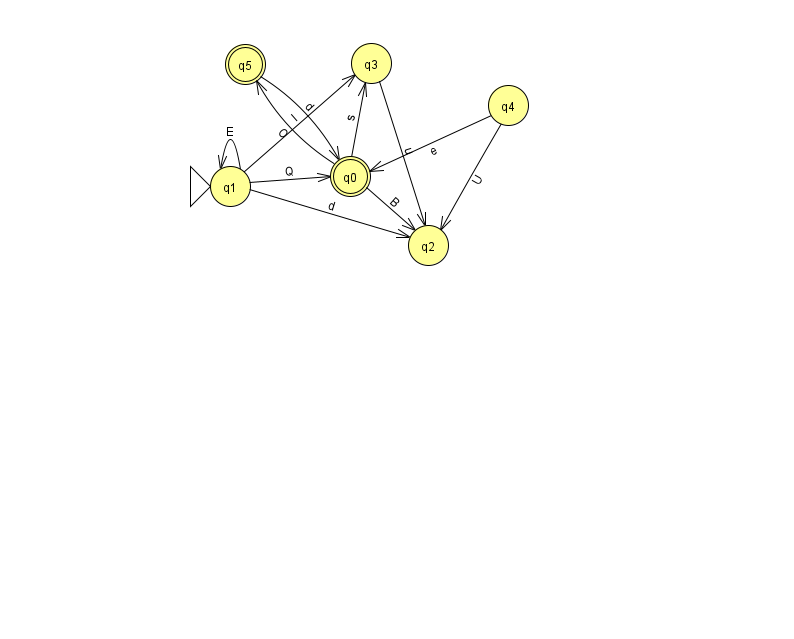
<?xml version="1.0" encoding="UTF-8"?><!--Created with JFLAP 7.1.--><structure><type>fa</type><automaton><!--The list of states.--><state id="0" name="q0"><x>350.0</x><y>163.0</y><final/></state><state id="1" name="q1"><x>230.0</x><y>173.0</y><initial/></state><state id="2" name="q2"><x>428.0</x><y>232.0</y></state><state id="3" name="q3"><x>371.0</x><y>50.0</y></state><state id="4" name="q4"><x>508.0</x><y>92.0</y></state><state id="5" name="q5"><x>245.0</x><y>51.0</y><final/></state><!--The list of transitions.--><transition><from>5</from><to>0</to><read>d</read></transition><transition><from>0</from><to>3</to><read>s</read></transition><transition><from>1</from><to>0</to><read>Q</read></transition><transition><from>1</from><to>1</to><read>E</read></transition><transition><from>4</from><to>0</to><read>e</read></transition><transition><from>4</from><to>2</to><read>U</read></transition><transition><from>1</from><to>3</to><read>I</read></transition><transition><from>0</from><to>2</to><read>B</read></transition><transition><from>3</from><to>2</to><read>u</read></transition><transition><from>1</from><to>2</to><read>d</read></transition><transition><from>0</from><to>5</to><read>O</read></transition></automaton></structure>